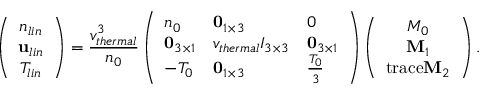
\left( \begin{array} { c } { n _ { l i n } } \\ { \mathbf { u } _ { l i n } } \\ { T _ { l i n } } \end{array} \right) = \frac { v _ { t h e r m a l } ^ { 3 } } { n _ { 0 } } \left( \begin{array} { l l l } { n _ { 0 } } & { \mathbf { 0 } _ { 1 \times 3 } } & { 0 } \\ { \mathbf { 0 } _ { 3 \times 1 } } & { v _ { t h e r m a l } I _ { 3 \times 3 } } & { \mathbf { 0 } _ { 3 \times 1 } } \\ { - T _ { 0 } } & { \mathbf { 0 } _ { 1 \times 3 } } & { \frac { T _ { 0 } } { 3 } } \end{array} \right) \left( \begin{array} { c } { M _ { 0 } } \\ { \mathbf { M } _ { 1 } } \\ { \mathrm { t r a c e } \mathbf { M } _ { 2 } } \end{array} \right) .